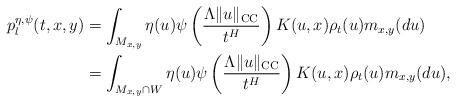
LaTeX: \begin{align*}p_{l}^{\eta,\psi}(t,x,y) & =\int_{M_{x,y}}\eta(u)\psi\left(\frac{\Lambda\|u\|_{\textsc{CC}}}{t^{H}}\right)K(u,x)\rho_{t}(u)m_{x,y}(du)\\ & =\int_{M_{x,y}\cap W}\eta(u)\psi\left(\frac{\Lambda\|u\|_{\textsc{CC}}}{t^{H}}\right)K(u,x)\rho_{t}(u)m_{x,y}(du),\end{align*}